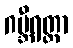
ဂမ္ဘီရတ္ထာ